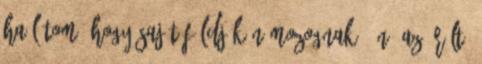
ha látom, hogy saját földjükön mozognak. Én, az őrült,